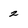
Character: 2